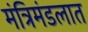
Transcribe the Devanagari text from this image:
मंत्रिमंडलात